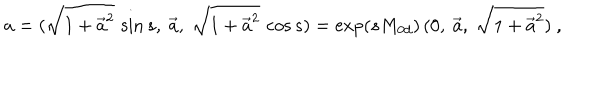
LaTeX: a = ( \sqrt { 1 + \vec { a } ^ { 2 } } \, \sin s , \ \vec { a } , \ \sqrt { 1 + \vec { a } ^ { 2 } } \, \cos s ) = \exp ( s M _ { 0 d } ) \, ( 0 , \ \vec { a } , \ \sqrt { 1 + \vec { a } ^ { 2 } } ) \ ,